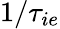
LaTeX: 1/\tau_{ie}